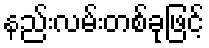
နည်းလမ်းတစ်ခုဖြင့်